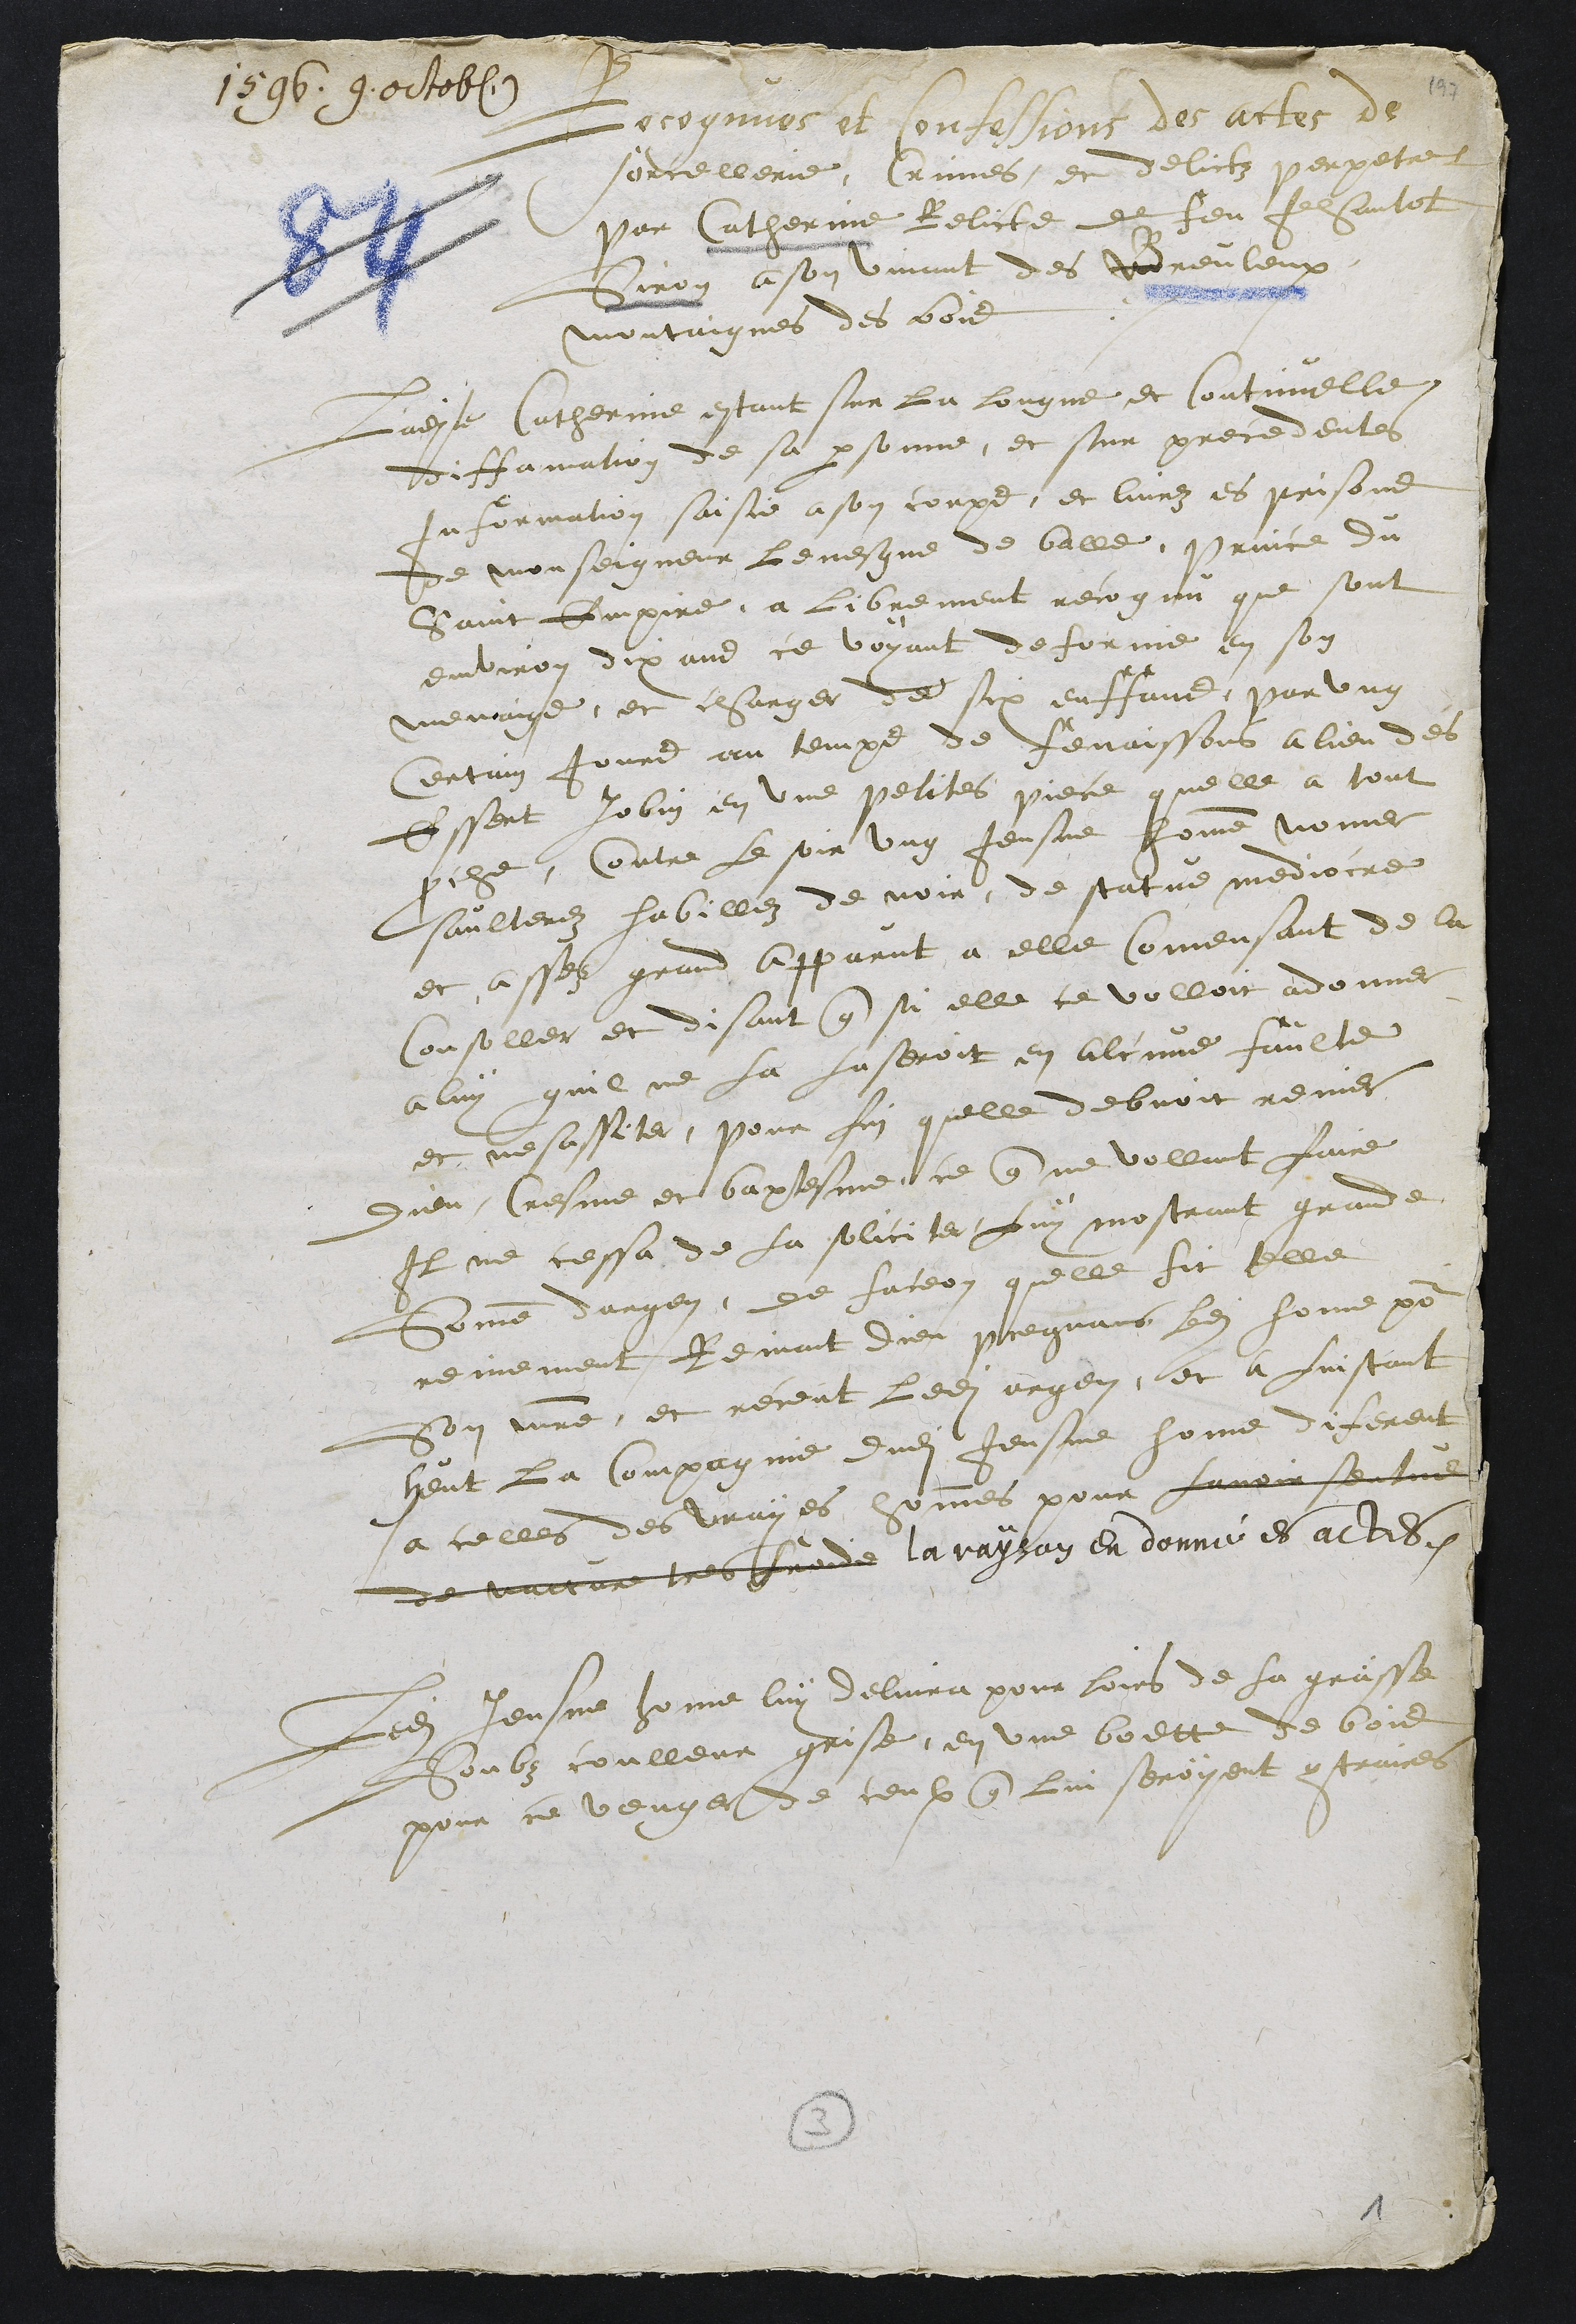
1596. 9. octob.
Recognues et confessions des actes de
sorcellerie, Crimes et delictz perpetres
par Catherine Relicte de feu Jehantot
Siron a son vivant des Breuleux
montaignes des bois
Ladite Catherine estant sur la longue et continuelle
diffamation de sa personne, et sur precedentes
Information saisie a son corps, et livrez es prisons
de monseigneur levesque de balle, Prince du
Saint Empire, a librement recognu que sont
environ dix ans ce voyant defornie en son
menaige, et charger de six enffans, par ung
Certain jours au temps de fenaissons a lieu des
Essert Jobin en une petites piece quelle a tout
proche, contre le soir ung Jeusne homme nomer
saulterez habillez de noir, de statue mediocre
et assez grand apparut a elle commensant de la
consoller et disant que si elle ce volloit adonner
a luy quil ne la laseroit en aulcune faulte
et nesessiter, pour fin quelle debvoit renier
Dieu, cresme et baptesme, ce que ne vollant faire
Il ne cessa de la soliciter luy mostrant grande
Somme dargen, de faceon quelle fit telle
reniement Reniant dieu pregnans ledit home pour
son maistre, et receut ledit argen, et a linstant
heut la Compagnie dudit Jeusne home diferent
a celles des vrayes hommes pour lavoir sentue
de nacture tres froide la rayson en donné es actes.
Ledit Jeusne home luy delivra pour loirs de la grasse
Soubz coulleur grise, en une boette de bois
pour ce venger de ceux que lui seroyent contraires

3
1